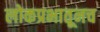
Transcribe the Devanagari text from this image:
लोकप्रभातूनच